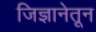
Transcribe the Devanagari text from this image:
जिज्ञानेतून